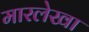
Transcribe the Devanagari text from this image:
मारलेखा